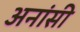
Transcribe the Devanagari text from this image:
अनांसी